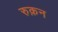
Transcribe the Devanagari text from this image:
रुक़न